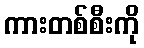
ကားတစ်စီးကို